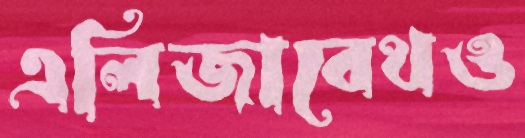
এলিজাবেথও